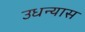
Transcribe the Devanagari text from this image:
उधन्यास